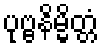
ပုဗ္ဗနိမ္မိတ္တံ